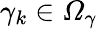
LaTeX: \gamma_{k}\in\mathcal{\Omega}_{\gamma}